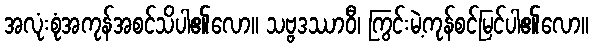
အလုံးစုံအကုန်အစင်သိပါ၏လော။ သဗ္ဗဒဿာဝီ၊ ကြွင်းမဲ့ကုန်စင်မြင်ပါ၏လော။